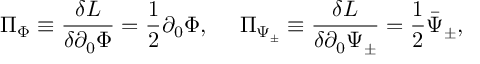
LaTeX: \Pi _ { \Phi } \equiv \frac { \delta { \cal L } } { \delta \partial _ { 0 } \Phi } = \frac { 1 } { 2 } \partial _ { 0 } \Phi , { } ~ ~ ~ ~ \Pi _ { \Psi _ { \pm } } \equiv \frac { \delta { \cal L } } { \delta \partial _ { 0 } \Psi _ { \pm } } = \frac { 1 } { 2 } \bar { \Psi } _ { \pm } ,